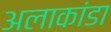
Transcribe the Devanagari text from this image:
अलाकांडा